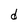
Character: d